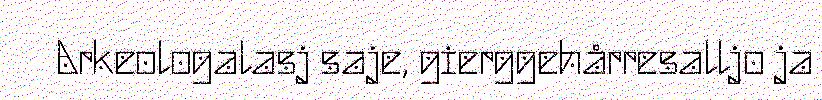
Arkeologalasj saje, gierggehårresalljo ja